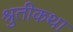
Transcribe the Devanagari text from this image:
श्रुतीकथा